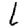
Digit: 1